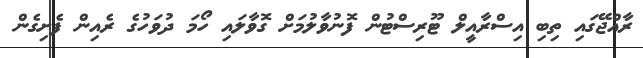
ރާއްޖޭގައި ތިބި އިސްރާއީލް ޓޫރިސްޓުން ފޮނުވާލުމަށް ގޮވާލައި ހޯމަ ދުވަހުގެ ރެއިން ފެށިގެން